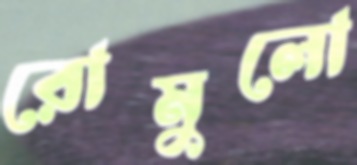
রোমুলো